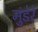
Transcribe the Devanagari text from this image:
मुंडेरे